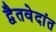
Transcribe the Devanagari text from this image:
द्वैतवेदांत